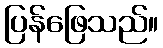
ပြန်ဖြေသည်။